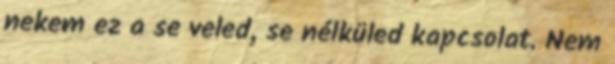
nekem ez a se veled, se nélküled kapcsolat. Nem